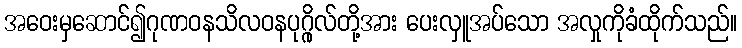
အဝေးမှဆောင်၍ဂုဏဝနသိလဝနပုဂ္ဂိုလ်တို့အား ပေးလှူအပ်သော အလှုကိုခံထိုက်သည်။